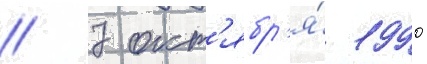
// 7 окт'ябр'я́ 1990